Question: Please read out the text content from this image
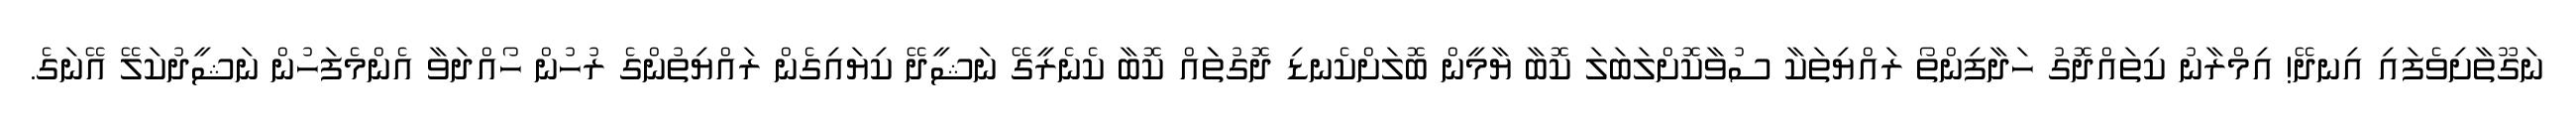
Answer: ނަގޫތާށިވެފައި އިނދޭ! އިމްރާނު ކިތައްދޮގު ހަދާފިންތޯ ރައްޔިތަކާ ސުވާކޮށްލަބަލަ ކޮބާ ޔާމީން ބޮލަށްކެނޑި ދޮގުތަައް ކޮބާ ކެނެރީގޭ ނަޝީދޭ ކިޔައިގެން ރައްޔިތުންގެ ރުހުން ހޯއްދަވާ އެންމެފަހުން ނަޝީދުކަލޭ އޭނަގެ.